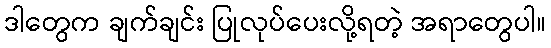
ဒါတွေက ချက်ချင်း ပြုလုပ်ပေးလို့ရတဲ့ အရာတွေပါ။